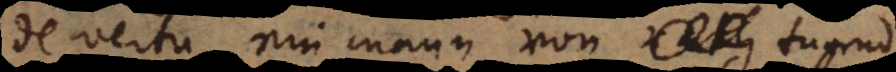
de vertu, ein mann von tugend,